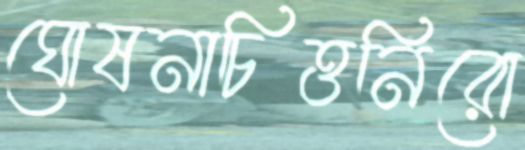
ঘোষনাচিত্তনিরো